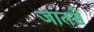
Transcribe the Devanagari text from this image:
जातसे